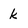
Character: k